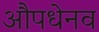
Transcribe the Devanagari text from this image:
औपधेनव